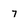
Character: 7